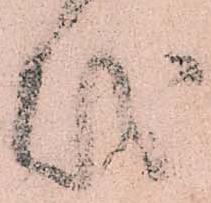
紛